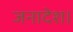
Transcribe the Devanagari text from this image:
जनादेश।